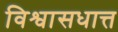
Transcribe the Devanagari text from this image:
विश्वासधात्त